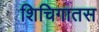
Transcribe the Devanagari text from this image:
शिचिगातस